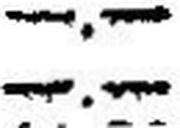
—.—